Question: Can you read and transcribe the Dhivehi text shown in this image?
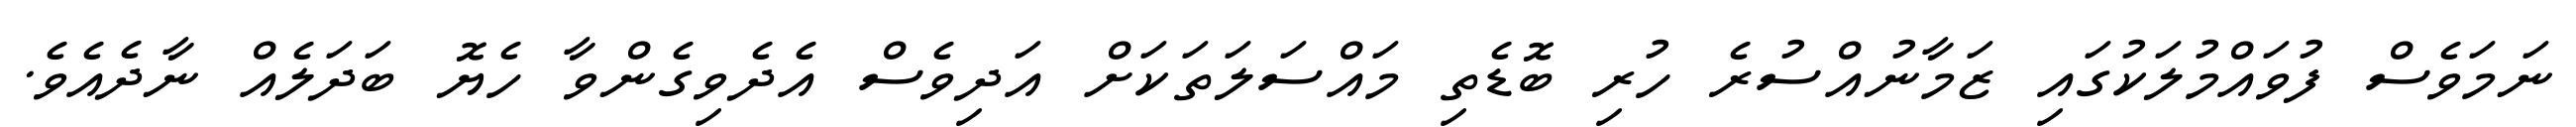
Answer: ނަމަވެސް ފުވައްމުލަކުގައި ޒަމާނުއްސުރެ ހުރި ބޮޑެތި މައްސަލަތަކަށް އަދިވެސް އެދެވިގެންވާ ހެޔޮ ބަދަލެއް ނާދެއެވެ.